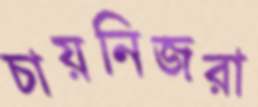
চায়নিজরা